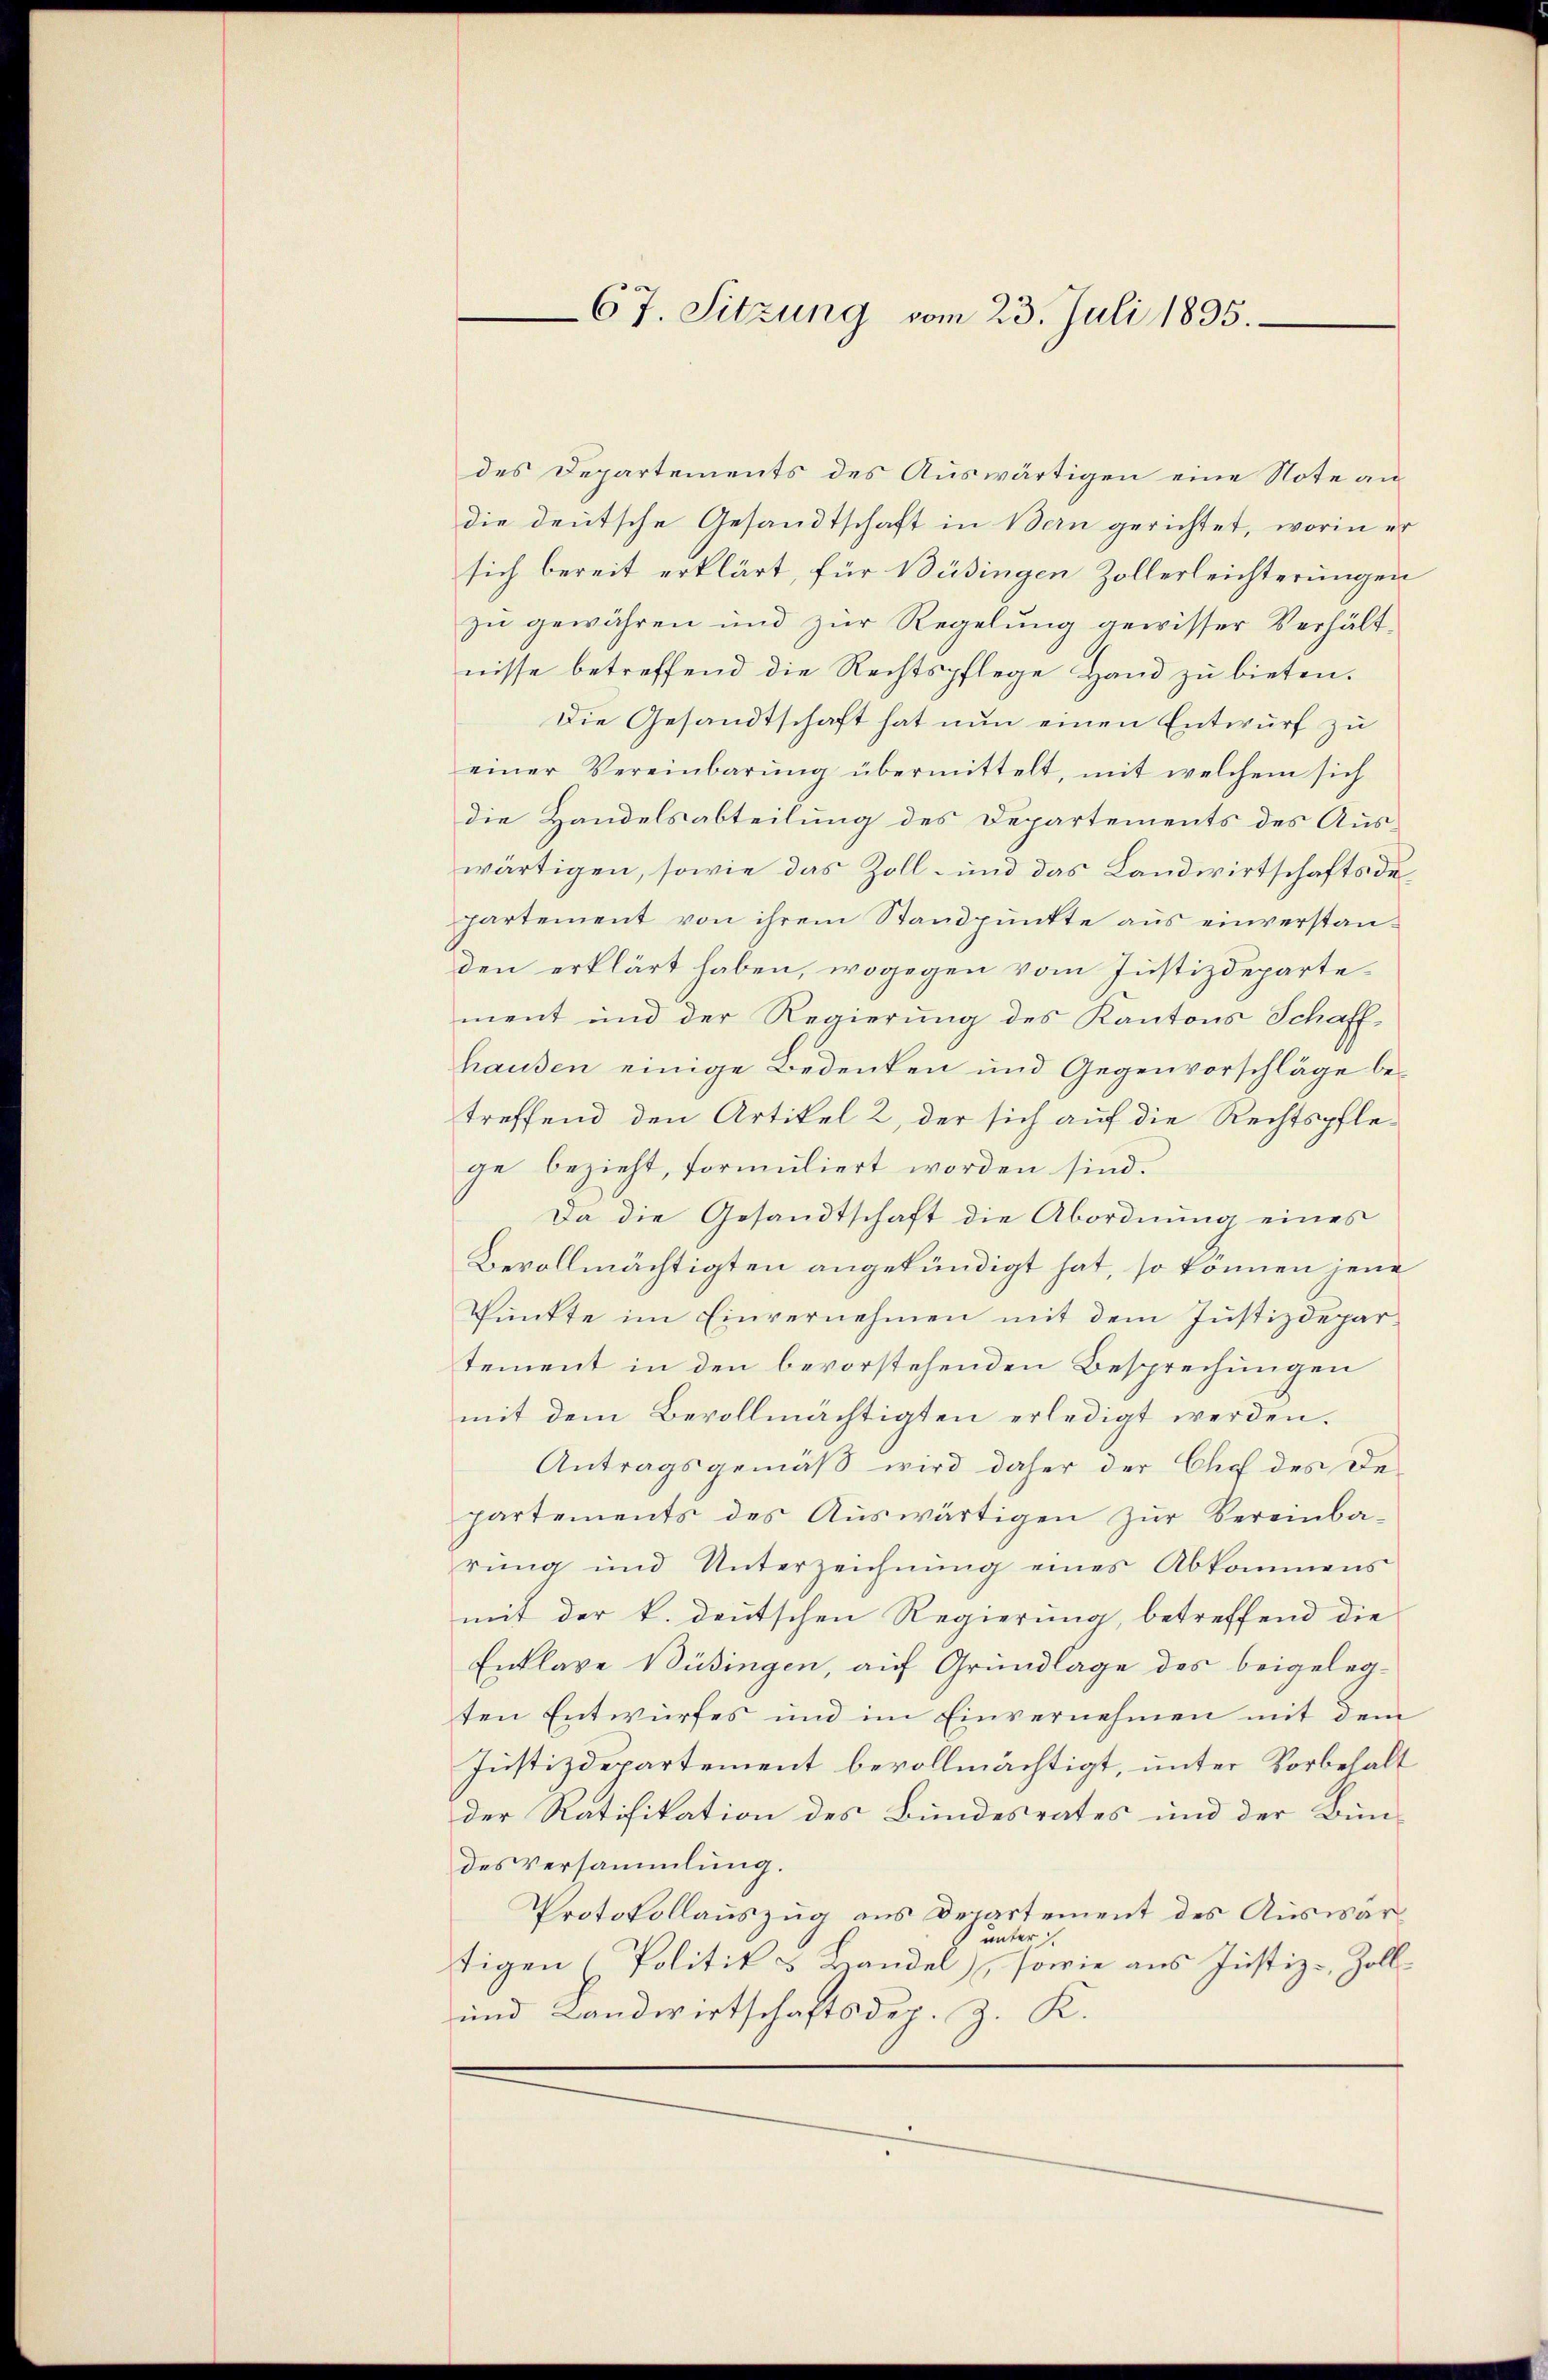
67. Sitzung vom 23. Juli 1895.

des Departements des Auswärtigen eine Note an
die deutsche Gesandtschaft in Bern gerichtet, worin er
sich bereit erklärt, für Büsingen Zollerleichterungen
zu gewähren und zur Regelung gewisser Verhältnisse betreffend die Rechtspflege Hand zu bieten.
Die Gesandtschaft hat nun einen Entwurf zu
einer Vereinbarung übermittelt, mit welchem sich
die Handelsabteilung des Departements des Auswärtigen, sowie das Zoll- und das Landwirtschaftsdepartement von ihrem Standpunkte aus einverstanden erklärt haben, wogegen vom Justizdepartement und der Regierung des Kantons Schaffhausen einige Bedenken und Gegenvorschläge betreffend den Artikel 2, der sich auf die Rechtspflege bezieht, formuliert worden sind.
Da die Gesandtschaft die Abordnung eines
Bevollmächtigten angekündigt hat, so können jene
Punkte im Einvernehmen mit dem Justizdepartement in den bevorstehenden Besprechungen
mit dem Bevollmächtigten erledigt werden.
Antragsgemäß wird daher der Chef des De-
partements des Aŭswärtigen zŭr Vereinba-
rŭng und Unterzeichnŭng eines Abkommens
mit der k. deutschen Regierung, betreffend die
Entlage Büsingen, auf Grundlage des beigelegten Entwurfes und im Einvernehmen mit dem
Justizdepartement bevollmächtigt, unter Vorbehalt
der Ratifikation des Bundesrates und der Bun-
des Versammlung.
Protokollauszug aus Departement des Auswarunter
tigen (Politik u Handel), sowie aus Justiz- Zoll¬
und Landwirtschaftsdep. Z. K.